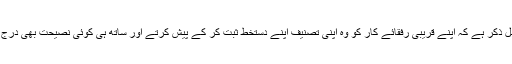
یہ بات قابل ذکر ہے کہ اپنے قریبی رفقائے کار کو وہ اپنی تصنیف اپنے دستخط ثبت کر کے پیش کرتے اور ساتھ ہی کوئی نصیحت بھی درج کر دیتے۔